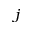
_ j